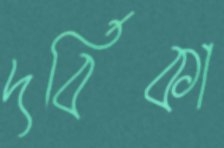
দর্বিকা